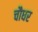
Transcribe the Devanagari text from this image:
चौधर